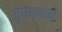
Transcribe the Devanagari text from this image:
तुघलकने